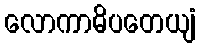
လောကာဓိပတေယျံ